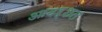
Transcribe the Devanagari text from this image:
आदर्शत